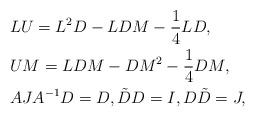
LaTeX: \begin{align*}&L U = L^2 D - L D M - \displaystyle\frac{1}{4}L D, \\&U M = L D M - D M^2 - \displaystyle\frac{1}{4}D M, \\&A J A^{-1} D = D, \tilde{D} D = I, D\tilde{D} = J, \end{align*}